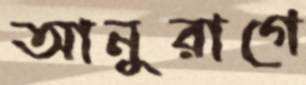
আনুরাগে